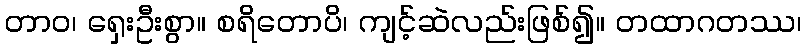
တာဝ၊ ရှေးဦးစွာ။ စရိတောပိ၊ ကျင့်ဆဲလည်းဖြစ်၍။ တထာဂတဿ၊